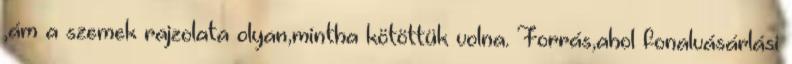
,ám a szemek rajzolata olyan,mintha kötöttük volna. Forrás,ahol fonalvásárlási